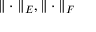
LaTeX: \| \cdot \| _ { E } , \| \cdot \| _ { F }